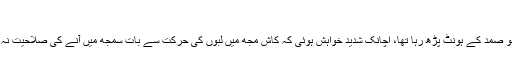
‘‘
میں جو صمد کے ہونٹ پڑھ رہا تھا، اچانک شدید خواہش ہوئی کہ کاش مجھ میں لبوں کی حرکت سے بات سمجھ میں آنے کی صلاحیت نہ ہوتی۔